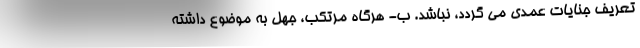
تعریف جنایات عمدی می گردد، نباشد. ب- هرگاه مرتکب، جهل به موضوع داشته